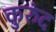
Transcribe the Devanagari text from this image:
कुरुंद